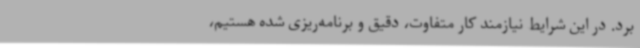
برد. در این شرایط نیازمند کار متفاوت، دقیق و برنامه‌ریزی شده هستیم،